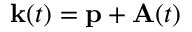
\mathbf { k } ( t ) = \mathbf { p } + \mathbf { A } ( t )